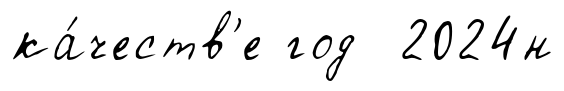
ка́честв'е год 2024н